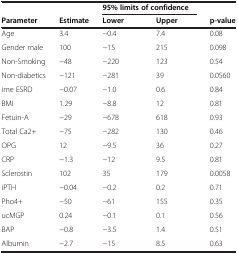
<table><thead><tr><td><b> </b></td><td><b> </b></td><td colspan="2"><b>95% limits of confidence</b></td><td><b> </b></td></tr><tr><td><b>Parameter</b></td><td><b>Estimate</b></td><td><b>Lower</b></td><td><b>Upper</b></td><td><b>p-value</b></td></tr></thead><tbody><tr><td>Age</td><td>3.4</td><td>−0.4</td><td>7.4</td><td>0.08</td></tr><tr><td>Gender male</td><td>100</td><td>−15</td><td>215</td><td>0.098</td></tr><tr><td>Non-Smoking</td><td>−48</td><td>−220</td><td>123</td><td>0.54</td></tr><tr><td>Non-diabetics</td><td>−121</td><td>−281</td><td>39</td><td>0.0560</td></tr><tr><td>ime ESRD</td><td>−0.07</td><td>−1.0</td><td>0.6</td><td>0.84</td></tr><tr><td>BMI</td><td>1.29</td><td>−8.8</td><td>12</td><td>0.81</td></tr><tr><td>Fetuin-A</td><td>−29</td><td>−678</td><td>618</td><td>0.93</td></tr><tr><td>Total Ca2+</td><td>−75</td><td>−282</td><td>130</td><td>0.46</td></tr><tr><td>OPG</td><td>12</td><td>−9.5</td><td>36</td><td>0.27</td></tr><tr><td>CRP</td><td>−1.3</td><td>−12</td><td>9.5</td><td>0.81</td></tr><tr><td>Sclerostin</td><td>102</td><td>35</td><td>179</td><td>0.0058</td></tr><tr><td>iPTH</td><td>−0.04</td><td>−0.2</td><td>0.2</td><td>0.71</td></tr><tr><td>Pho4+</td><td>−50</td><td>−61</td><td>155</td><td>0.35</td></tr><tr><td>ucMGP</td><td>0.24</td><td>−0.1</td><td>0.1</td><td>0.56</td></tr><tr><td>BAP</td><td>−0.8</td><td>−3.5</td><td>1.4</td><td>0.51</td></tr><tr><td>Albumin</td><td>−2.7</td><td>−15</td><td>8.5</td><td>0.63</td></tr></tbody></table>